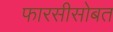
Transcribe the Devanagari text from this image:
फारसीसोबत